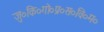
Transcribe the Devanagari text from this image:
जु०कि०गो०प्र०स०वि०म०